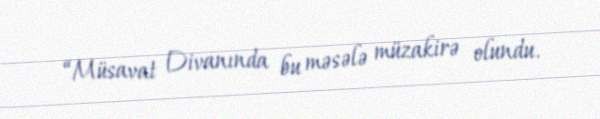
“Müsavat Divanında bu məsələ müzakirə olundu.